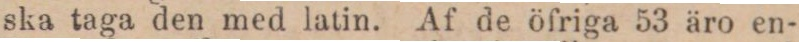
ska taga den med latin. Af de öfriga 53 äro en-